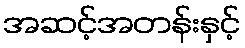
အဆင့်အတန်းနှင့်